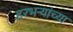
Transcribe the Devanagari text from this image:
हरभऱ्यांच्या